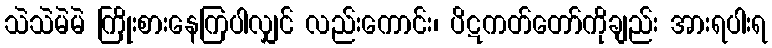
သဲသဲမဲမဲ ကြိုးစားနေကြပါလျှင် လည်းကောင်း၊ ပိဋကတ်တော်ကိုချည်း အားရပါးရ